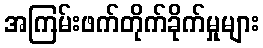
အကြမ်းဖက်တိုက်ခိုက်မှုများ